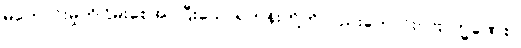
မကောင်းမှုကိုငြိမ်းစေအပ်ပြီးသောရဟန်းတို့ကိုလည်းကောင်း။ ဗြာဟ္မဏေစ၊